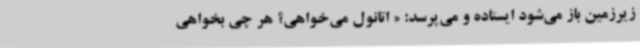
زیرزمین باز می‌شود ایستاده و می‌پرسد: « اتانول می‌خواهی؟ هر چی بخواهی